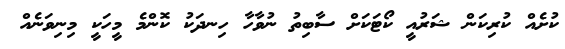
ކުށެއް ކުރިކަން ޝަރުއީ ކޯޓަކަށް ސާބިތު ނުވާހާ ހިނދަކު ކޮންމެ މީހަކީ މިނިވަނެއް